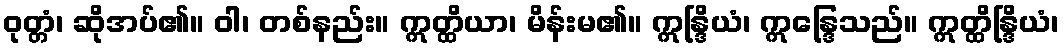
ဝုတ္တံ၊ ဆိုအပ်၏။ ဝါ၊ တစ်နည်း။ ဣတ္ထိယာ၊ မိန်းမ၏။ ဣန္ဒြိယံ၊ ဣန္ဒြေသည်။ ဣတ္ထိန္ဒြိယံ၊